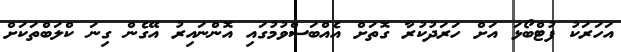
އަހަރަކު ފުޓްބޯޅަ އަށް ހަރަދުކުރާ ގޮތަށް އެއްބަސްވުމުގައި އޮންނައިރު އޭގެން ގިނަ ކްލަބްތަކަށް